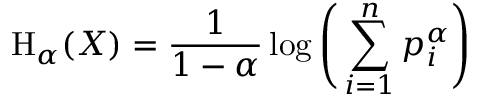
\mathrm { H } _ { \alpha } ( X ) = { \frac { 1 } { 1 - \alpha } } \log { \Bigg ( } \sum _ { i = 1 } ^ { n } p _ { i } ^ { \alpha } { \Bigg ) }